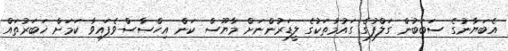
އެބަޔާނުގެ ސަބަބުން ގަލްފުގެ ގައުމުތަކުގެ ލީޑަރުންނަށް މާޔޫސް ކަން އިހްސާސްވެފައިވާ ކަމަށް ޚަބަރުތައް